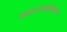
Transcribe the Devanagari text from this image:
प्रकारांव्यतिरिक्त